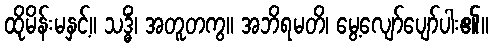
ထိုမိန်းမနှင့်။ သဒ္ဓိံ၊ အတူတကွ။ အဘိရမတိ၊ မွေ့လျော်ပျော်ပါး၏။